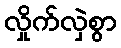
လှိုက်လှဲစွာ